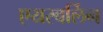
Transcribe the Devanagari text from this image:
एयरबर्लिन